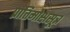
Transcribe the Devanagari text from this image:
प्रातिमोक्षसूत्र